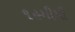
૧૯મીમી